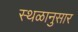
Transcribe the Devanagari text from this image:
स्थळानुसार